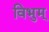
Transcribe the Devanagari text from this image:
विभुम्‌